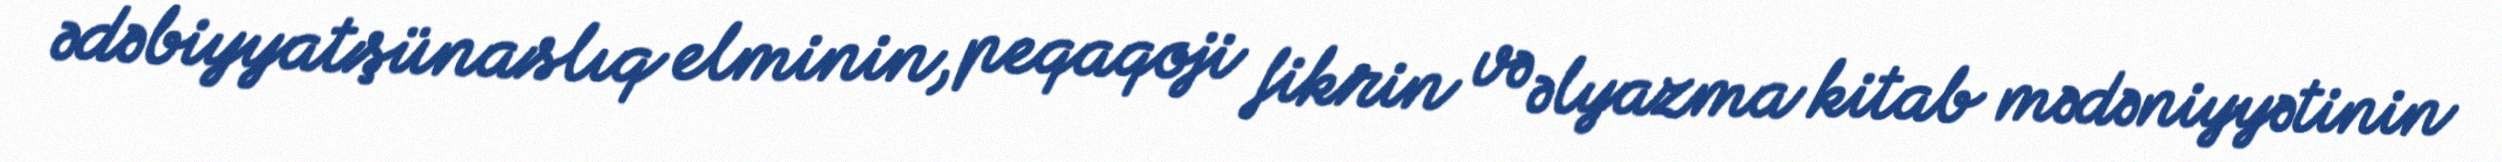
ədəbiyyatşünaslıq elminin, peqaqoji fikrin və əlyazma kitab mədəniyyətinin